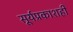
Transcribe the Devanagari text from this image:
सूर्यप्रकाशही